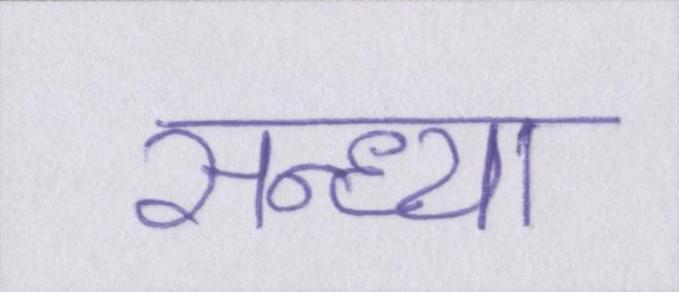
सन्ध्या